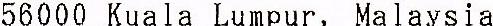
56000 KUALA LUMPUR, MALAYSIA